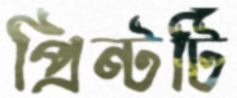
প্রিন্টটি